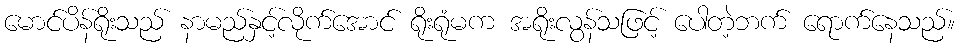
မောင်ပိန်ရိုးသည် နာမည်နှင့်လိုက်အောင် ရိုးရုံမက အရိုးလွန်သဖြင့် ပေါတဲ့ဘက် ရောက်နေသည်။